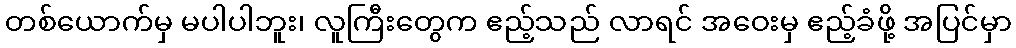
တစ်ယောက်မှ မပါပါဘူး၊ လူကြီးတွေက ဧည့်သည် လာရင် အဝေးမှ ဧည့်ခံဖို့ အပြင်မှာ